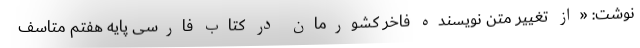
نوشت: «از تغییر متن نویسنده فاخر کشورمان در کتاب فارسی پایه هفتم متاسف